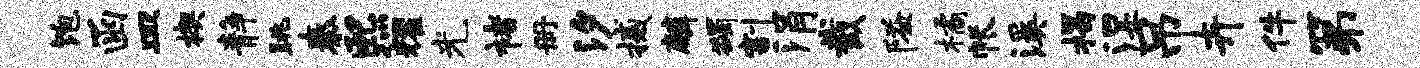
饱函皿楔静眺秦熙耀光褚册汐撼麟蠲割涓截隘橘帐溪揭湿吊卉件第